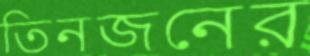
তিনজনের